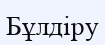
Бұлдіру